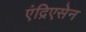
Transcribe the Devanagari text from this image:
एंद्रिएसेन